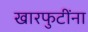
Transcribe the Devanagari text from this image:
खारफुटींना